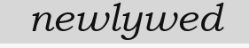
newlywed